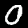
Digit: 0